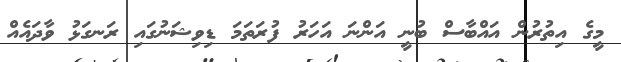
މީގެ އިތުރުން އައްބާސް ބުނީ އަންނަ އަހަރު ފުރަތަމަ ޑިވިޝަނުގައި ރަނގަޅު ވާދައެއް